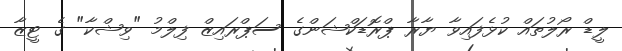
ލީޑް ރޯލުތައް ކުޅެފައިވާ ޔާރާ ޕްރޮޑަކްޝަންގެ ސަޕްރައިޒް ފިލްމު "ވިޝްކާ" ގެ ޓީޒާ